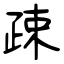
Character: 疎